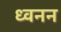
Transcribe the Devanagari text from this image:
ध्वनन